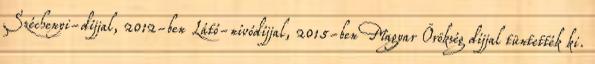
Széchenyi-díjjal, 2012-ben Látó-nívódíjjal, 2015-ben Magyar Örökség díjjal tüntették ki.